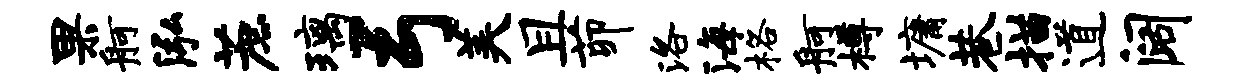
果舸泓蔗璃弓美且茆洛海格舸樽墉巷描道阔